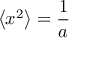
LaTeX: \left\langle x ^ { 2 } \right\rangle = { \frac { 1 } { a } }